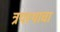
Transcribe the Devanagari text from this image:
त्रयस्थाचा